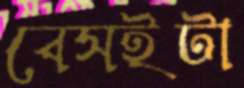
বেসইটা